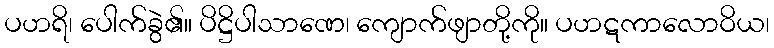
ပဟရိ၊ ပေါက်ခွဲ၏။ ပိဋ္ဌိပါသာဏေ၊ ကျောက်ဖျာတို့ကို။ ပဟဋကာလောဝိယ၊